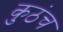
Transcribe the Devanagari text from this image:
कुठंच